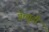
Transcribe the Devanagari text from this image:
ग्रेच्यूटी